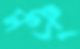
মঞ্